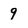
Character: 9